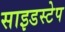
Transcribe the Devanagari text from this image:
साइडस्टेप